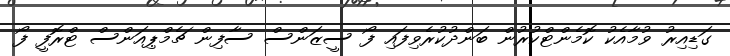
ގަޑިއިރު ވުމާއެކު ކޮމެންޓްކުރުން ބަންދުކުރެވިފައި ފޯ ސީޒަންސް ސާފިން ޗެމްޕިއަންސް ޓްރޮފީ ފޯ